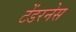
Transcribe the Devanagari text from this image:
टेंडरनेस